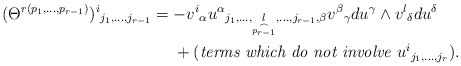
\begin{align*}(\Theta^{r(p_1,\ldots,p_{r-1})})^i{}_{j_1,\ldots,j_{r-1}}&=-v^i{}_\alpha u^\alpha{}_{j_1,\ldots,\underset{\stackrel{\frown}{p_{r-1}}}{l},\ldots,j_{r-1},\beta}v^\beta{}_\gamma du^\gamma\wedge v^l{}_\delta du^\delta\\*&\hphantom{{}={}}+(\textit{terms which do not involve $u^i{}_{j_1,\ldots,j_r}$}).\end{align*}